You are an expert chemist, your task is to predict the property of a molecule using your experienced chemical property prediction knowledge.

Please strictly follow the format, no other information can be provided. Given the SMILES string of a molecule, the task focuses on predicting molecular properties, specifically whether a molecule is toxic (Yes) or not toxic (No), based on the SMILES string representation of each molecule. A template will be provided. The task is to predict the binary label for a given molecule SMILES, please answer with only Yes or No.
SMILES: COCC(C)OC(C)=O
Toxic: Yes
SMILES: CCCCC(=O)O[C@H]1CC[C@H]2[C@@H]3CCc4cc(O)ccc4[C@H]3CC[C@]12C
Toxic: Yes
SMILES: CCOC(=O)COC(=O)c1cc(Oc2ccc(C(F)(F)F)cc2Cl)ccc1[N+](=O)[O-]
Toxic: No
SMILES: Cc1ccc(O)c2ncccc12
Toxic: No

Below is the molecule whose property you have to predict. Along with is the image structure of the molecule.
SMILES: OC12N=C(c3ccccc3)SC1Cc1cc(Cl)ccc12
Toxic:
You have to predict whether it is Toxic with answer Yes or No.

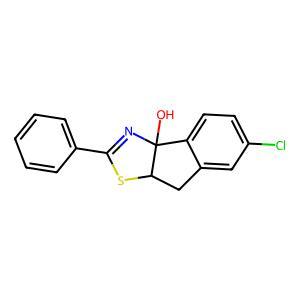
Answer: No